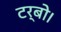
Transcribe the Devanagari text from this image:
टर्बो।